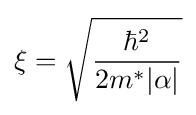
\xi ={\sqrt {\frac {\hbar ^{2}}{2m^{*}|\alpha |}}}